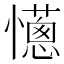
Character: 𢤄